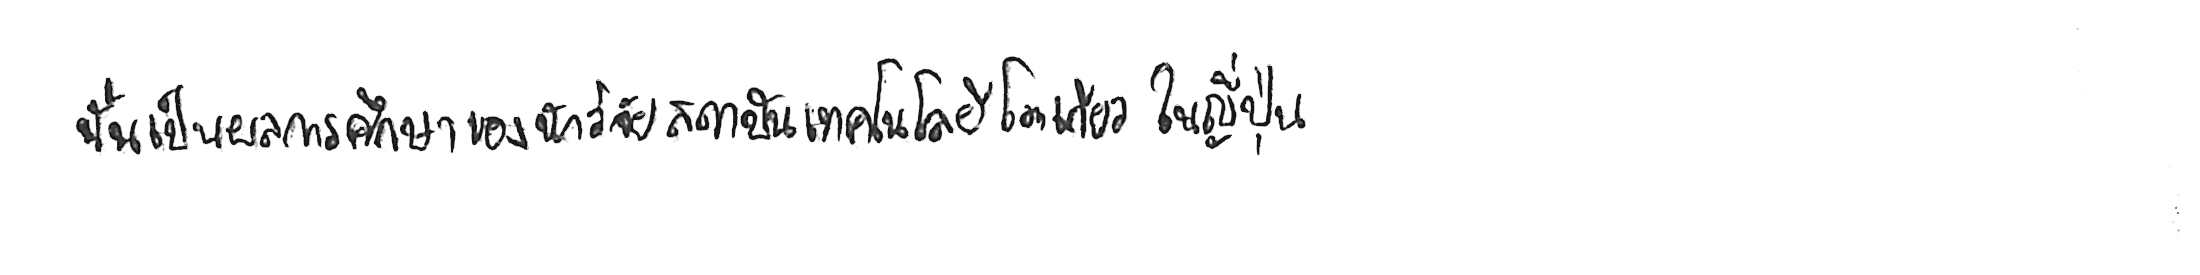
ปลาวาฬ กับ ฮิปโปโปเตมัส ดูจะไม่ค่อยเกี่ยวกัน แต่มันอาจเป็นญาติโยมกันอยู่